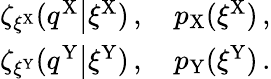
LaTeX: \begin{array}{r}{\zeta_{\xi^{\mathrm{X}}}(\left.q^{\mathrm{X}}\right|\xi^{\mathrm{X}})\, ,\quad p_{\mathrm{X}}(\xi^{\mathrm{X}})\, ,}\\ {\zeta_{\xi^{\mathrm{Y}}}(\left.q^{\mathrm{Y}}\right|\xi^{\mathrm{Y}})\, ,\quad p_{\mathrm{Y}}(\xi^{\mathrm{Y}})\, .}\end{array}